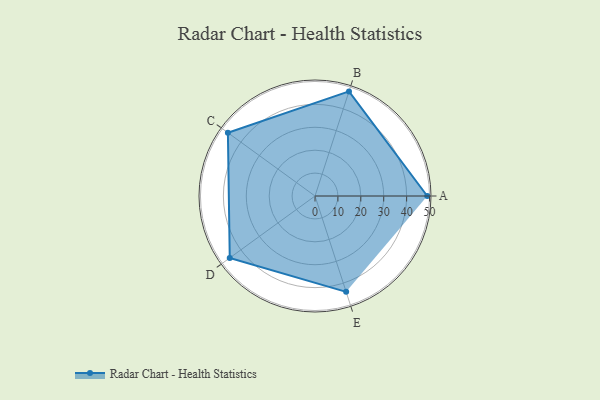
{"axis": {"x": "Skill", "y": "Score"}, "legend": ["Profile"], "data": [{"x": "A", "y": 49.0, "type": "Profile"}, {"x": "B", "y": 48.0, "type": "Profile"}, {"x": "C", "y": 47.0, "type": "Profile"}, {"x": "D", "y": 46.0, "type": "Profile"}, {"x": "E", "y": 44.0, "type": "Profile"}]}